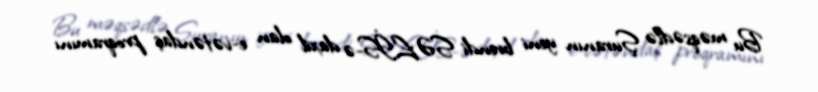
Bu məqsədlə Şuranın yeni brendi SƏLİS-ə daxil olan e-vətəndaş proqramını